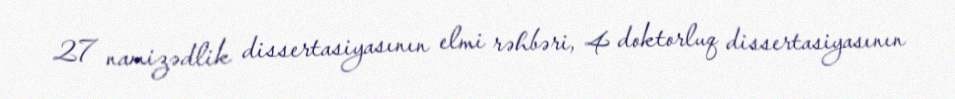
27 namizədlik dissertasiyasının elmi rəhbəri, 4 doktorluq dissertasiyasının